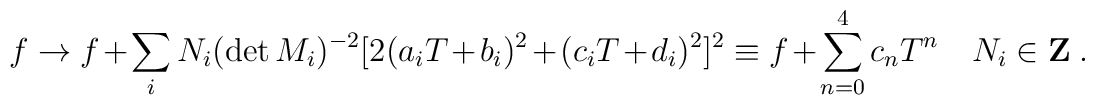
f\rightarrow f +\sum_i N_i (\det M_i)^{-2}[2(a_iT+b_i)^2+(c_iT+d_i)^2]^2\equiv f +\sum_{n=0}^4 c_nT^n \quad N_i\in{\bf Z} \ .